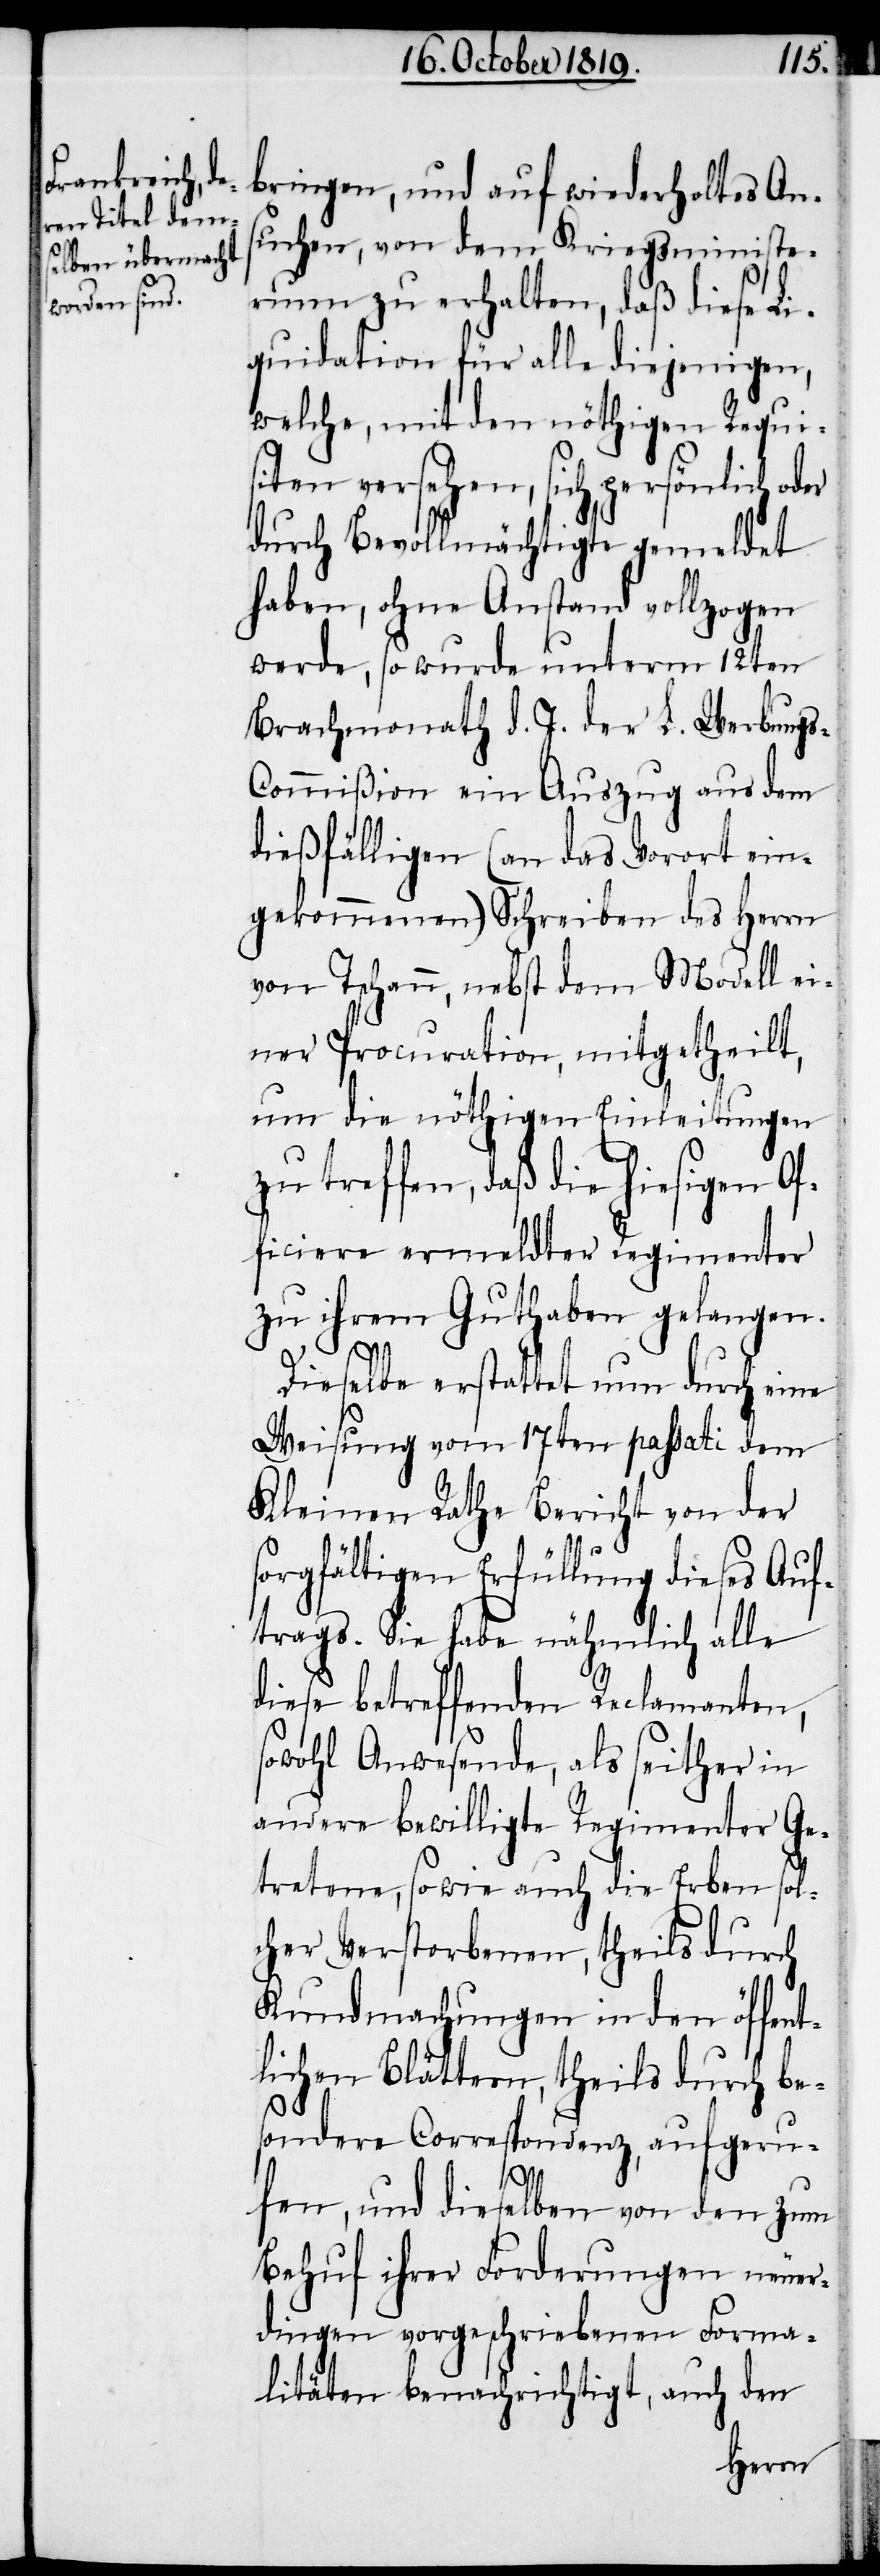
bringen, und auf wiederholtes An¬
suchen, von dem Kriegsministe¬
rium zu erhalten, daß diese Li¬
quidation für alle diejenigen,
welche, mit den nöthigen Requi¬
siten versehen, sich persönlich od¬
durch Bevollmächtigte gemeldet
haben, ohne Anstand vollzogen
werde, so wurde unterm 12ten
Brachmonath d. J. der L. Werbung¬
ommißion ein Auszug aus dem
dießfälligen (an das Vorort ein¬
gekommenen) Schreiben des Herrn
von Tschann, nebst dem Modell ei¬
ner Procuration, mitgetheilt,
um die nöthigen Einleitungen
zu treffen, daß die hiesigen Of¬
ficiere ermeldter Regimenter
zu ihrem Guthaben gelangen.
Dieselbe erstattet nun durch eine
Weisung vom 17ten passati dem
Kleinen Rathe Bericht von der
sorgfältigen Erfüllung dieses Auf¬
trags. Sie habe nähmlich alle
diese betreffenden Reclamanten,
sowohl Anwesende, als seither in
andere bewilligte Regimenter ge¬
tretene, sowie auch die Erben sol¬
cher Verstorbenen, theils durch
Kundmachungen in den öffent¬
lichen Blättern, theils durch be¬
sondere Correspondenz, aufgeru¬
s-C¬
fen, und dieselben von den zum
Behuf ihrer Forderungen neuer¬
dingen vorgeschriebenen Forma¬
litäten benachrichtigt, auch den

er